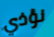
نؤذي